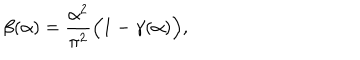
\beta ( \alpha ) = \frac { \alpha ^ { 2 } } { \pi ^ { 2 } } \Big ( 1 - \gamma ( \alpha ) \Big ) ,